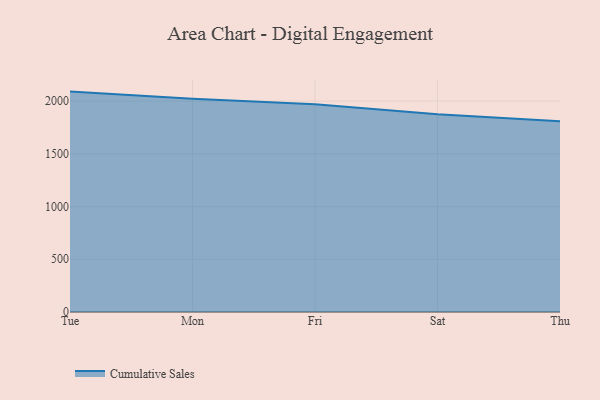
{"axis": {"x": "Day", "y": "Customer Acquisition Cost (USD)"}, "legend": ["Cumulative Sales"], "data": [{"x": "Tue", "y": 2090.0, "type": "Cumulative Sales"}, {"x": "Mon", "y": 2022.2, "type": "Cumulative Sales"}, {"x": "Fri", "y": 1970.3, "type": "Cumulative Sales"}, {"x": "Sat", "y": 1876.1, "type": "Cumulative Sales"}, {"x": "Thu", "y": 1808.1, "type": "Cumulative Sales"}]}